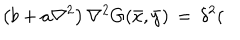
\left( b + a \nabla ^ { 2 } \right) \nabla ^ { 2 } G ( \bar { x } , \bar { y } ) \, = \, \delta ^ { 2 } (